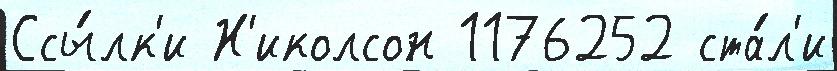
Ссы́лк'и Н'иколсон 1176252 ста́л'и